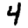
Digit: 4